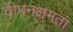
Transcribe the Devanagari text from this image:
दीपनक्षमता